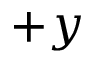
+ y